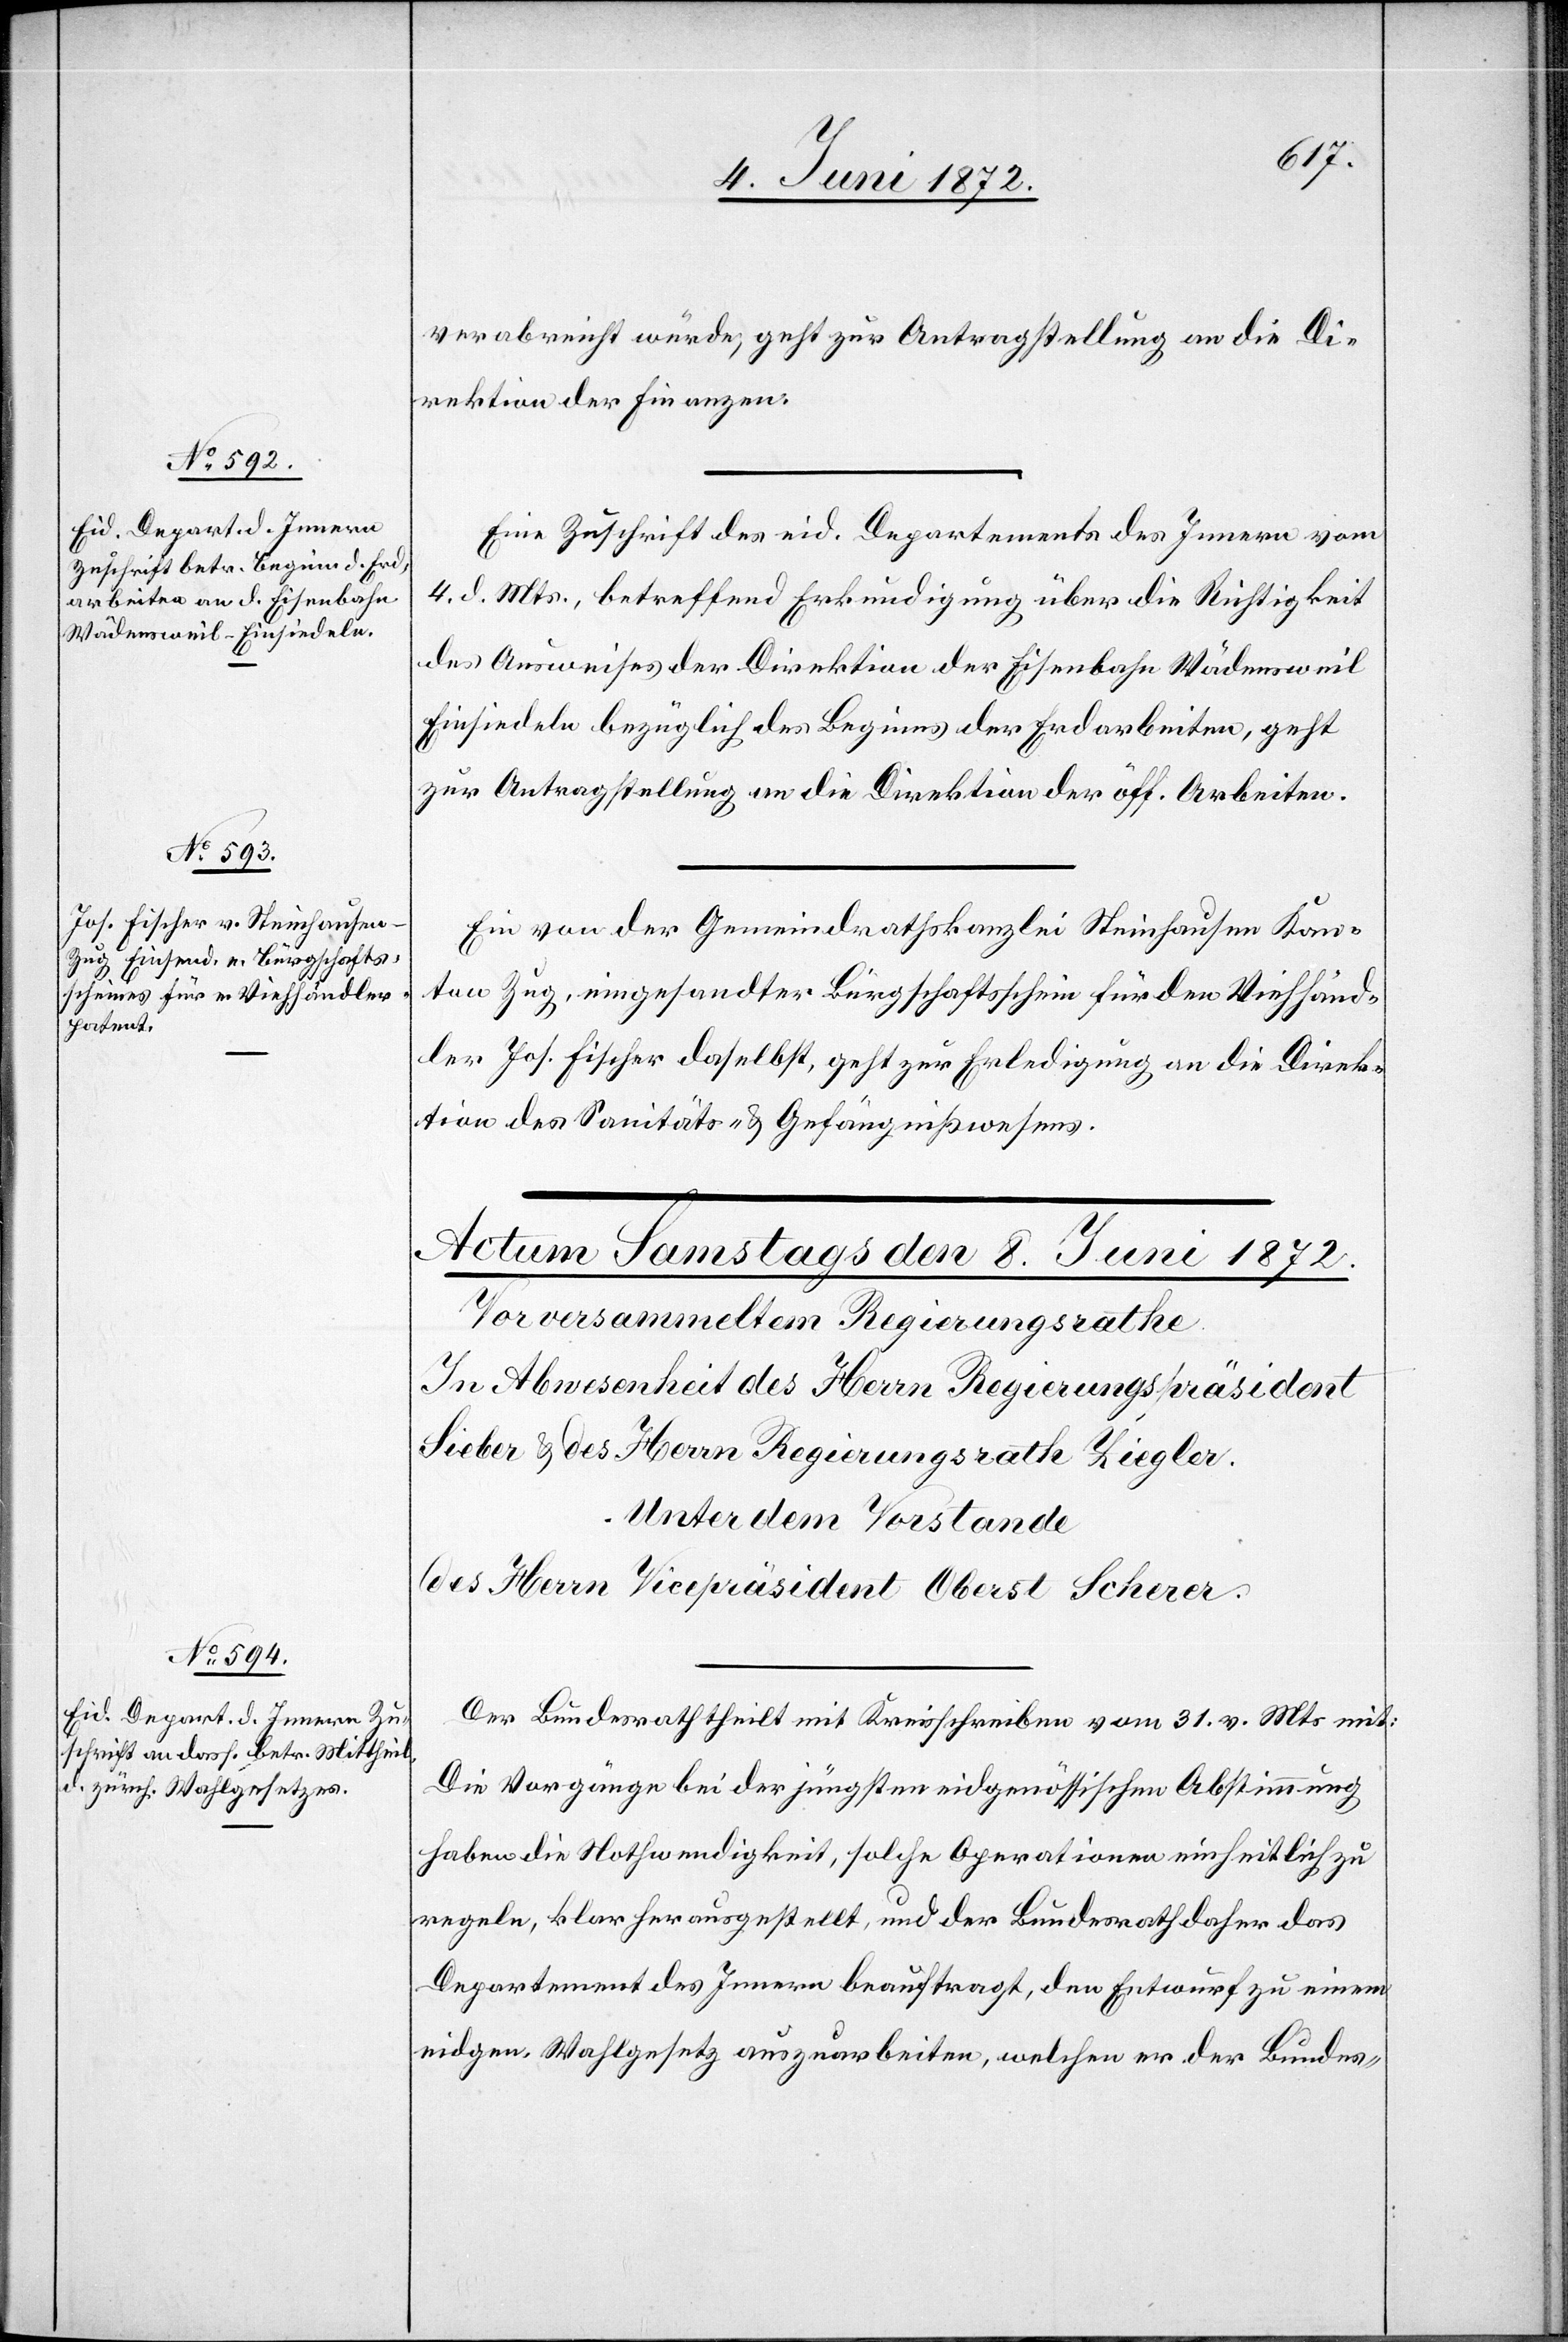
7. Juni 1872.]
verabreicht würde, geht zur Antragstellung an die Di¬
rektion der Finanzen.
Eine Zuschrift des eid. Departements des Innern vom
4. d. Mts., betreffend Erkundigung über die Richtigkeit
des Ausweises der Direktion der Eisenbahn Wädenswei¬
l[–]Einsiedeln bezüglich des Beginns der Erdarbeiten, geht
zur Antragstellung an die Direktion der öff. Arbeiten.
Ein von der Gemeindrathskanzlei Steinhausen[,] Kan¬
ton Zug, eingesandter Bürgschaftsschein für den Viehhänd¬
ler Jos. Fischer daselbst, geht zur Erledigung an die Direk¬
tion des Sanitäts- u. Gefängnißwesens.
Der Bundesrath theilt mit Kreisschreiben vom 31. v. Mts. mit:
Die Vorgänge bei der jüngsten eidgenössischen Abstimmung
haben die Nothwendigkeit, solche Operationen einheitlich zu
regeln, klar herausgestellt, und der Bundesrath daher das
Departement des Innern beauftragt, den Entwurf zu einem
eidgen. Wahlgesetz auszuarbeiten, welchen er der Bundes-